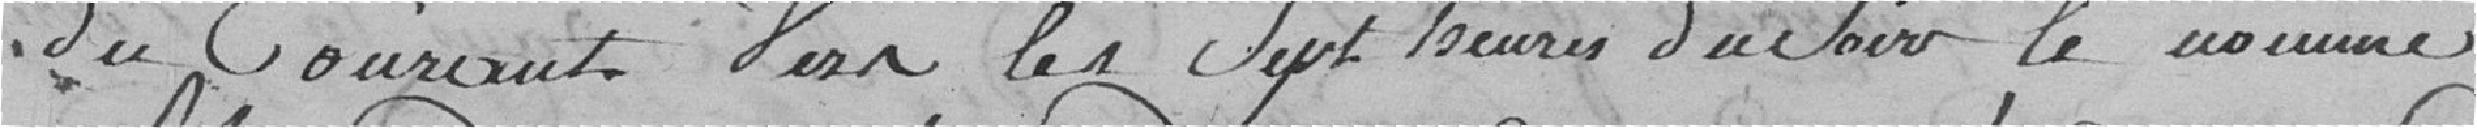
du courant, vers les sept heures du soir, le nommé